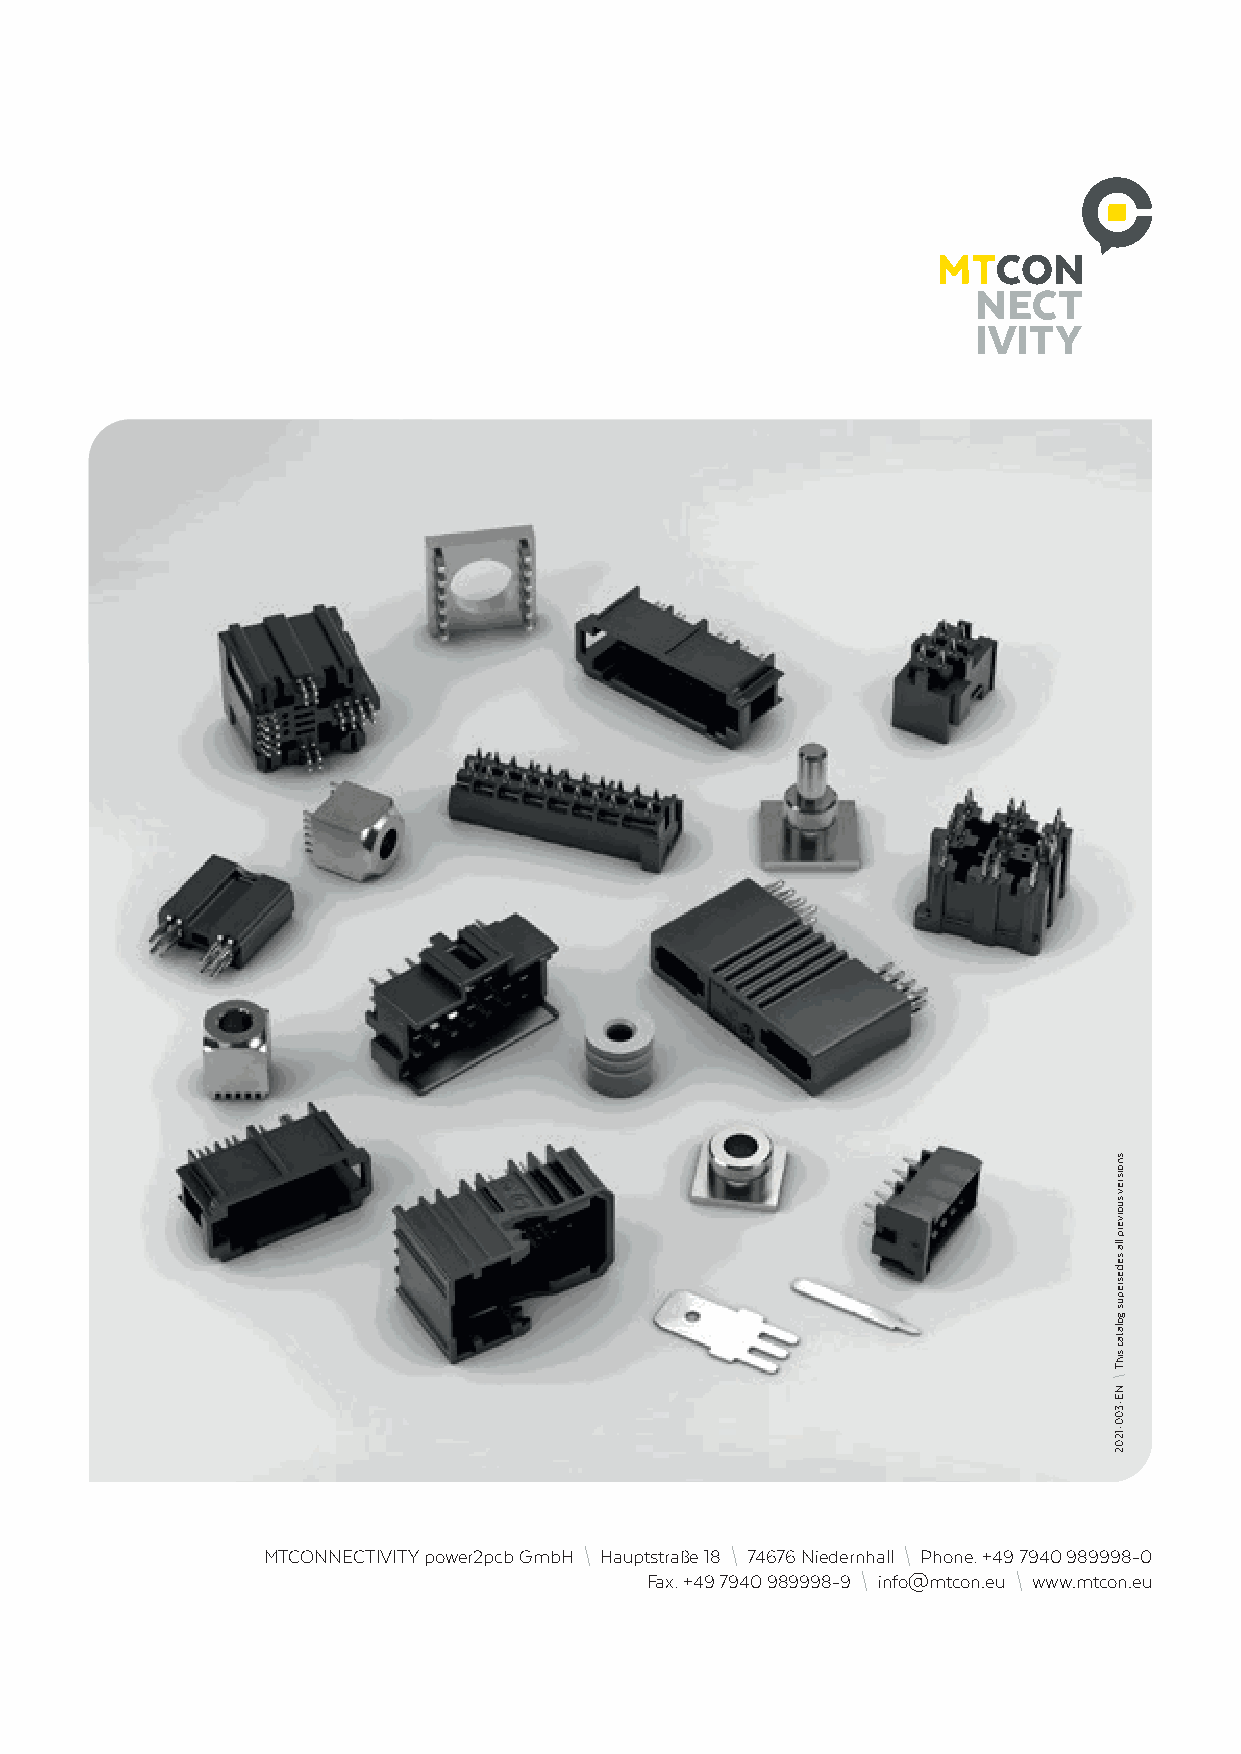
MTCONNECTIVITY power2pcb GmbH \ Hauptstraße 18 \ 74676 Niedernhall \ Phone: +49 7940 989998-0
 Fax: +49 7940 989998-9 \ info@mtcon.eu \ www.mtcon.eu
 .snoisrev
 suoiverp
 lla
 sedesrepus
 golatac
 sihT
 \
 NE-300-1202